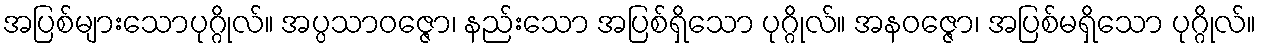
အပြစ်များသောပုဂ္ဂိုလ်။ အပ္ပသာဝဇ္ဇော၊ နည်းသော အပြစ်ရှိသော ပုဂ္ဂိုလ်။ အနဝဇ္ဇော၊ အပြစ်မရှိသော ပုဂ္ဂိုလ်။